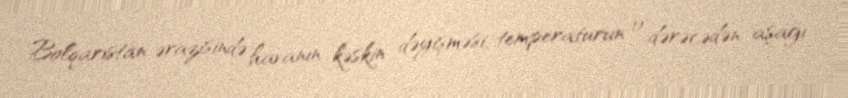
Bolqarıstan ərazisində havanın kəskin dəyişməsi, temperaturun 0 dərəcədən aşağı